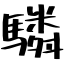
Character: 驎